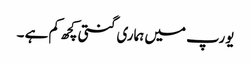
یورپ میں ہماری گنتی کچھ کم ہے ۔